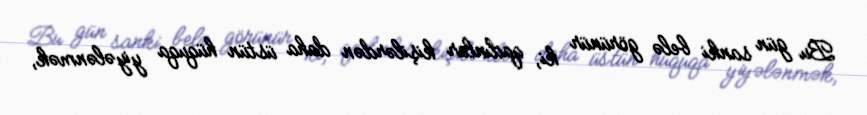
Bu gün sanki belə görünür ki, qadınlar kişilərdən daha üstün hüquqa yiyələnmək,